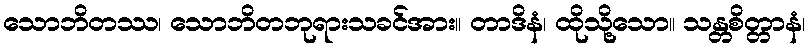
သောဘိတဿ၊ သောဘိတဘုရားသခင်အား။ တာဒိနံ၊ ထိုသို့သော။ သန္တစိတ္တာနံ၊